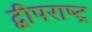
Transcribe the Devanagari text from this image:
द्वीपराष्ट्र